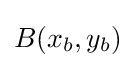
B(x_{b},y_{b})